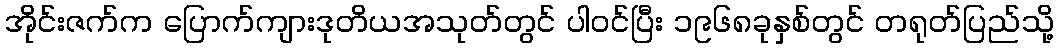
အိုင်းဇက်က ပြောက်ကျားဒုတိယအသုတ်တွင် ပါဝင်ပြီး ၁၉၆၈ခုနှစ်တွင် တရုတ်ပြည်သို့